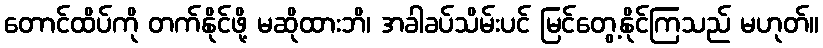
တောင်ထိပ်ကို တက်နိုင်ဖို့ မဆိုထားဘိ၊ အခါခပ်သိမ်းပင် မြင်တွေ့နိုင်ကြသည် မဟုတ်။